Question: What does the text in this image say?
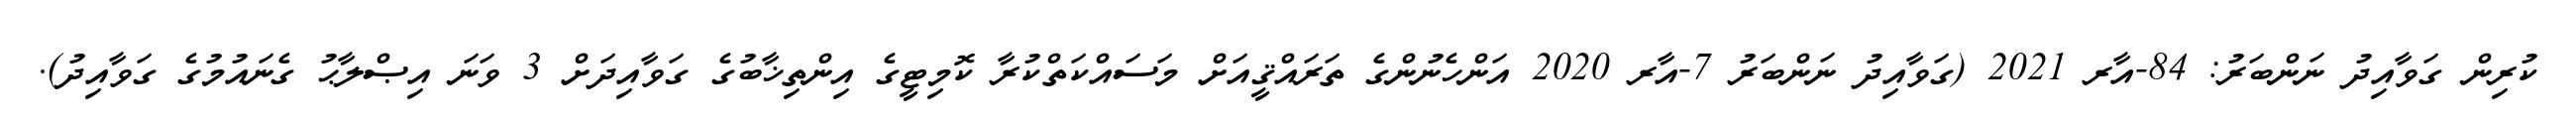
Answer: ކުރިން ގަވާއިދު ނަންބަރު: 84-އާރ 2021 (ގަވާއިދު ނަންބަރު 7-އާރ 2020 އަންހެނުންގެ ތަރައްޤީއަށް މަސައްކަތްކުރާ ކޮމިޓީގެ އިންތިޚާބުގެ ގަވާއިދަށް 3 ވަނަ އިޞްލާޙު ގެނައުމުގެ ގަވާއިދު).